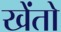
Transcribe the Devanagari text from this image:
खेंतो